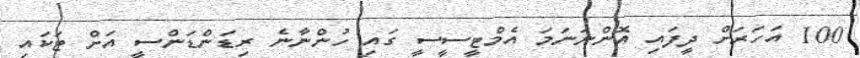
100 އަހަރަށް ދީފައި އޮންނަނަމަ އެމްޓީސީސީ ގައި ހުންނާނެ ރިޑަންޑަންސީ އަށް ޓަކައި